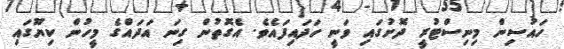
ހައުސިން މިނިސްޓުރީ ދޮށުގައި ވަނީ ހަދައިފައެވެ. އެގޮތުން ގިނަ އަދައްގެ މީހުން ކިޔޫގައި